Indian journal of veterinary science and animal husbandry - Volume 12,
Year: 1942
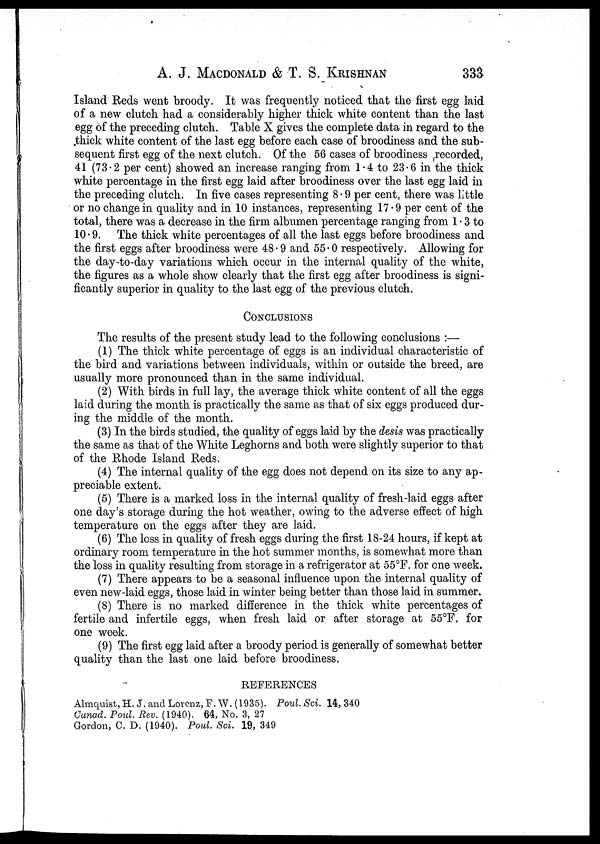
A. J. MACDONALD & T. S. KRISHNAN 333
Island Reds went broody. It was frequently noticed that the first egg laid
of a new clutch had a considerably higher thick white content than the last
egg of the preceding clutch. Table X gives the complete data in regard to the
thick white content of the last egg before each case of broodiness and the sub-
sequent first egg of the next clutch. Of the 56 cases of broodiness recorded,
41 (73.2 per cent) showed an increase ranging from 1.4 to 23.6 in the thick
white percentage in the first egg laid after broodiness over the last egg laid in
the preceding clutch. In five cases representing 8.9 per cent, there was little
or no change in quality and in 10 instances, representing 17.9 per cent of the
total, there was a decrease in the firm albumen percentage ranging from 1 . 3 to
10.9. The thick white percentages of all the last eggs before broodiness and
the first eggs after broodiness were 48.9 and 55.0 respectively. Allowing for
the day-to-day variations which occur in the internal quality of the white,
the figures as a whole show clearly that the first egg after broodiness is signi-
ficantly superior in quality to the last egg of the previous clutch.
CONCLUSIONS
The results of the present study lead to the following conclusions :—
(1) The thick white percentage of eggs is an individual characteristic of
the bird and variations between individuals, within or outside the breed, are
usually more pronounced than in the same individual.
(2) With birds in full lay, the average thick white content of all the eggs
laid during the month is practically the same as that of six eggs produced dur-
ing the middle of the month.
(3) In the birds studied, the quality of eggs laid by the desis was practically
the same as that of the White Leghorns and both were slightly superior to that
of the Rhode Island Reds.
(4) The internal quality of the egg does not depend on its size to any ap-
preciable extent.
(5) There is a marked loss in the internal quality of fresh-laid eggs after
one day's storage during the hot weather, owing to the adverse effect of high
temperature on the eggs after they are laid.
(6) The loss in quality of fresh eggs during the first 18-24 hours, if kept at
ordinary room temperature in the hot summer months, is somewhat more than
the loss in quality resulting from storage in a refrigerator at 55°F. for one week.
(7) There appears to be a seasonal influence upon the internal quality of
even new-laid eggs, those laid in winter being better than those laid in summer.
(8) There is no marked difference in the thick white percentages of
fertile and infertile eggs, when fresh laid or after storage at 55°F. for
one week.
(9) The first egg laid after a broody period is generally of somewhat better
quality than the last one laid before broodiness.
REFERENCES
Almquist, H. J. and Lorenz, F. W. (1935). Poul. Sci. 14, 340
Canad. Poul. Rev. (1940). 64, No. 3, 27
Gordon, C. D. (1940). Poul. Sci. 19, 349